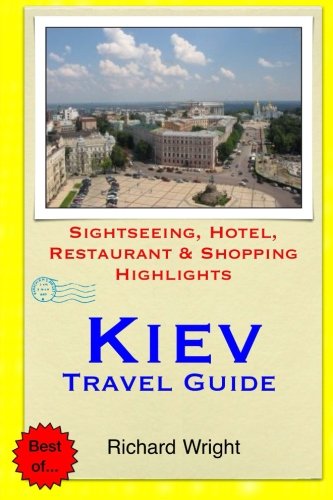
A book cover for Kiev Travel Guide: Sightseeing, Hotel, Restaurant & Shopping Highlights; Richard Wright; Travel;